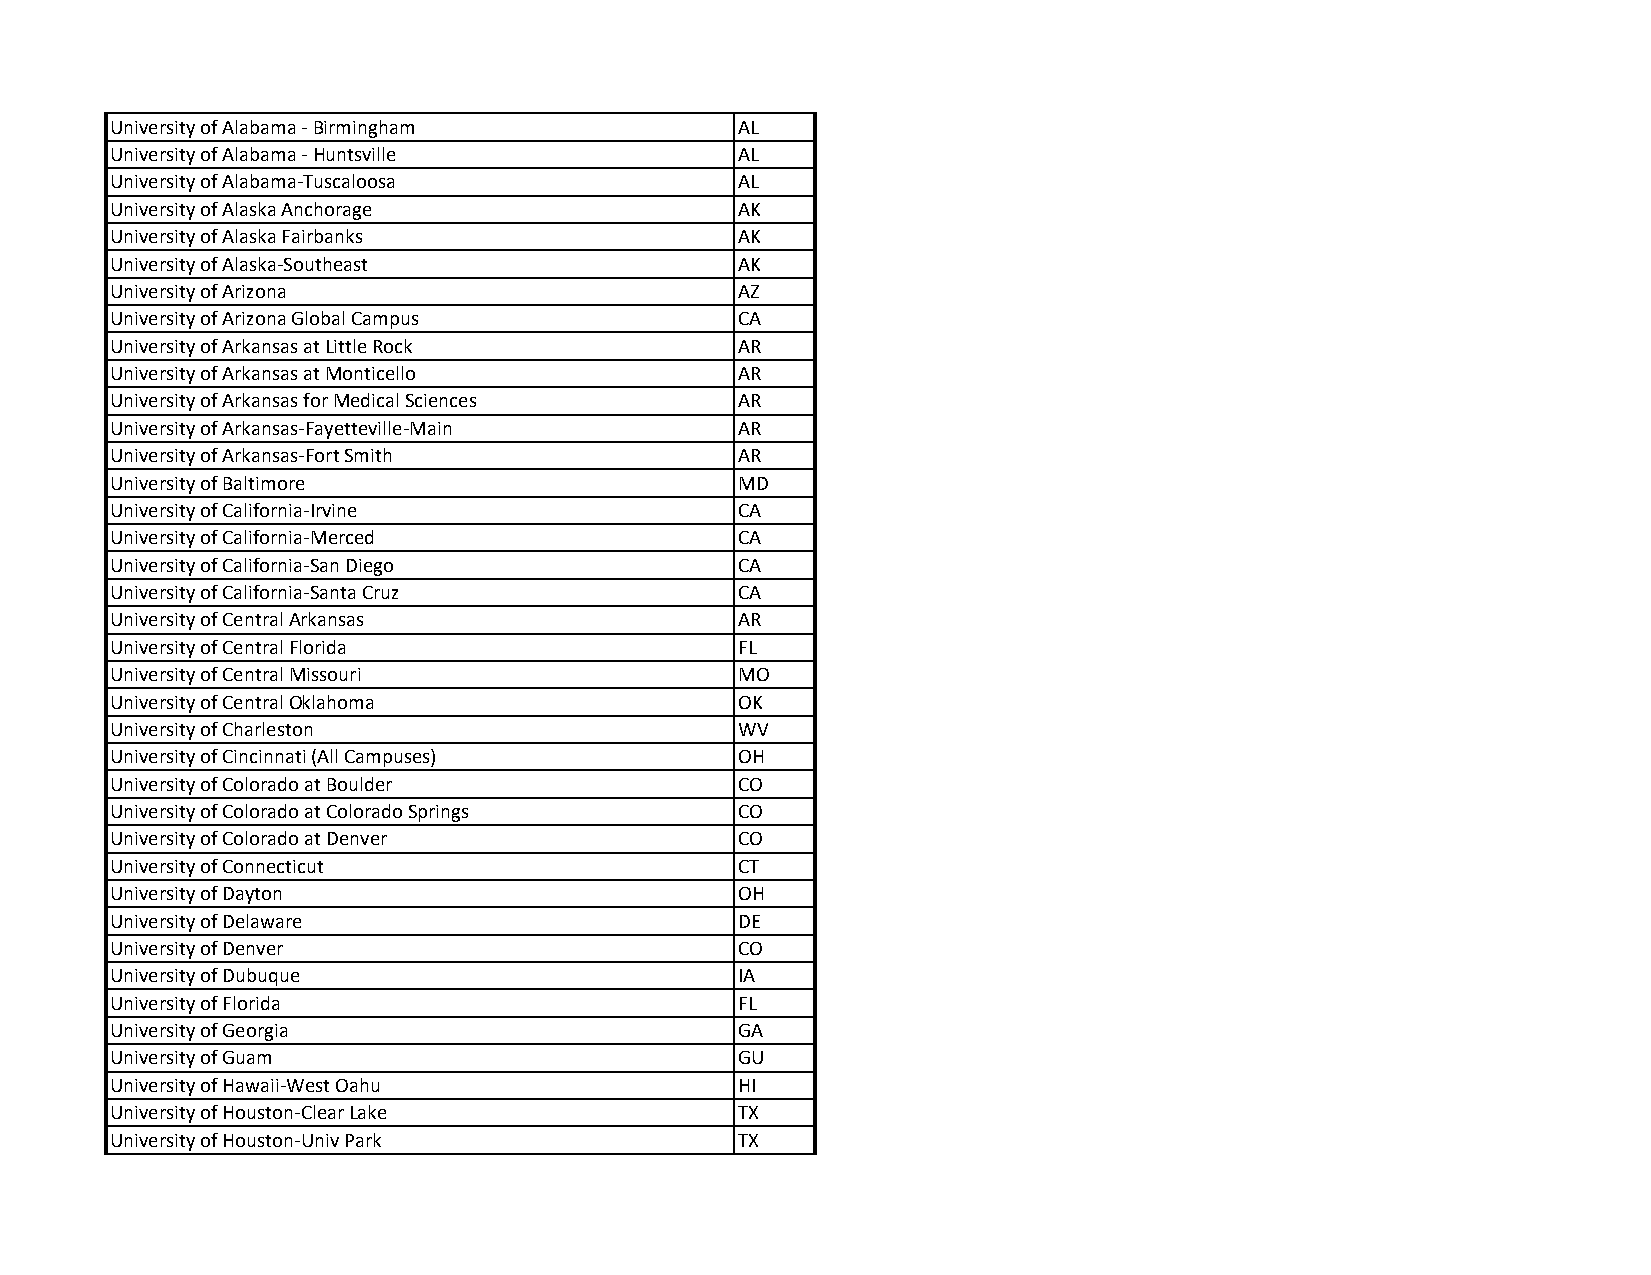
University of Alabama ‐ Birmingham        AL
 University of Alabama ‐ Huntsville        AL
 University of Alabama‐Tuscaloosa          AL
 University of Alaska Anchorage            AK
 University of Alaska Fairbanks            AK
 University of Alaska‐Southeast            AK
 University of Arizona                     AZ
 University of Arizona Global Campus       CA
 University of Arkansas at Little Rock     AR
 University of Arkansas at Monticello      AR
 University of Arkansas for Medical Sciences AR
 University of Arkansas‐Fayetteville‐Main  AR
 University of Arkansas‐Fort Smith         AR
 University of Baltimore                   MD
 University of California‐Irvine           CA
 University of California‐Merced           CA
 University of California‐San Diego        CA
 University of California‐Santa Cruz       CA
 University of Central Arkansas            AR
 University of Central Florida             FL
 University of Central Missouri            MO
 University of Central Oklahoma            OK
 University of Charleston                  WV
 University of Cincinnati (All Campuses)   OH
 University of Colorado at Boulder         CO
 University of Colorado at Colorado Springs CO
 University of Colorado at Denver          CO
 University of Connecticut                 CT
 University of Dayton                      OH
 University of Delaware                    DE
 University of Denver                      CO
 University of Dubuque                     IA
 University of Florida                     FL
 University of Georgia                     GA
 University of Guam                        GU
 University of Hawaii‐West Oahu            HI
 University of Houston‐Clear Lake          TX
 University of Houston‐Univ Park           TX